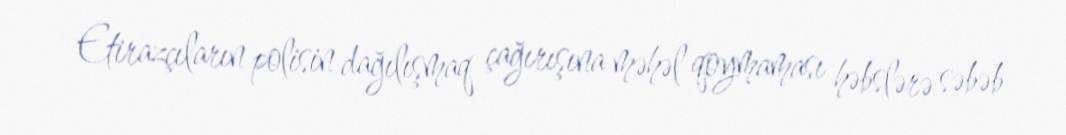
Etirazçıların polisin dağılışmaq çağırışına məhəl qoymaması həbslərə səbəb